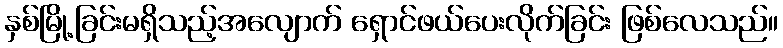
နှစ်မြို့ခြင်းမရှိသည့်အလျောက် ရှောင်ဖယ်ပေးလိုက်ခြင်း ဖြစ်လေသည်။